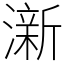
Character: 澵